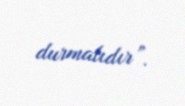
durmalıdır”.